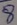
Text: 8